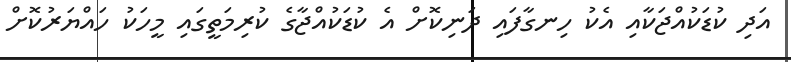
އަދި ކުޑަކުއްޖަކާއި އެކު ހިނގާފައި ދަނިކޮށް އެ ކުޑަކުއްޖާގެ ކުރިމަތީގައި މީހަކު ހައްޔަރުކޮށް